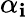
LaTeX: \alpha_{\mathbf{i}}